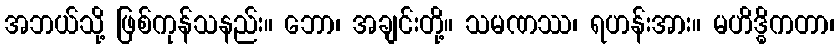
အဘယ်သို့ ဖြစ်ကုန်သနည်း။ ဘော၊ အချင်းတို့။ သမဏဿ၊ ရဟန်းအား။ မဟိဒ္ဓိကတာ၊